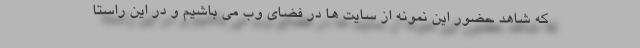
كه شاهد حضور اين نمونه از سايت ها در فضاي وب مي باشيم و در اين راستا